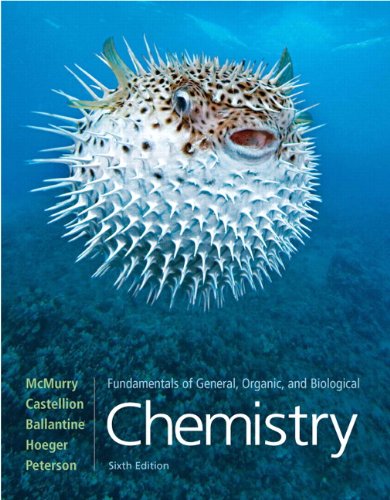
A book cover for Fundamentals of General, Organic, and Biological Chemistry (6th Edition); John E. McMurry; Medical Books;